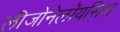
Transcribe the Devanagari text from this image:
लीजोनेलॉयसिस